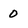
Character: 0